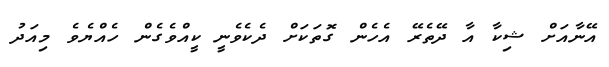
އޭނާއަށް ޝިކާ އާ ދޭތެރޭ އެހެން ގޮތަކަށް ދެކެވެނީ ކީއްވެގެން ހެއްޔެވެ މިއަދު